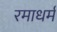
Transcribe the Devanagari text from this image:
रमाधर्म